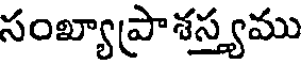
సంఖ్యాప్రాశస్త్యము